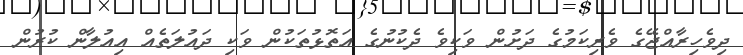
ދިވެހިރާއްޖޭގެ ވެރިކަމުގެ ދަށުން ވަކިވެ ދެކުނުގެ އަތޮޅުތަކުން ވަކި ދައުލަތެއް އިއުލާން ކުރުން